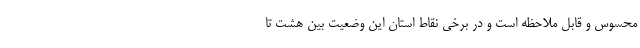
محسوس و قابل ملاحظه است و در برخی نقاط استان این وضعیت بین هشت تا